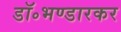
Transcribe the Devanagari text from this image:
डॉ॰भण्डारकर